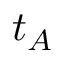
t _ { A }